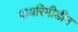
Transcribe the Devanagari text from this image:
पायरिमीडीन